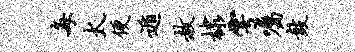
每太便遁赦棣雩嘱鼓